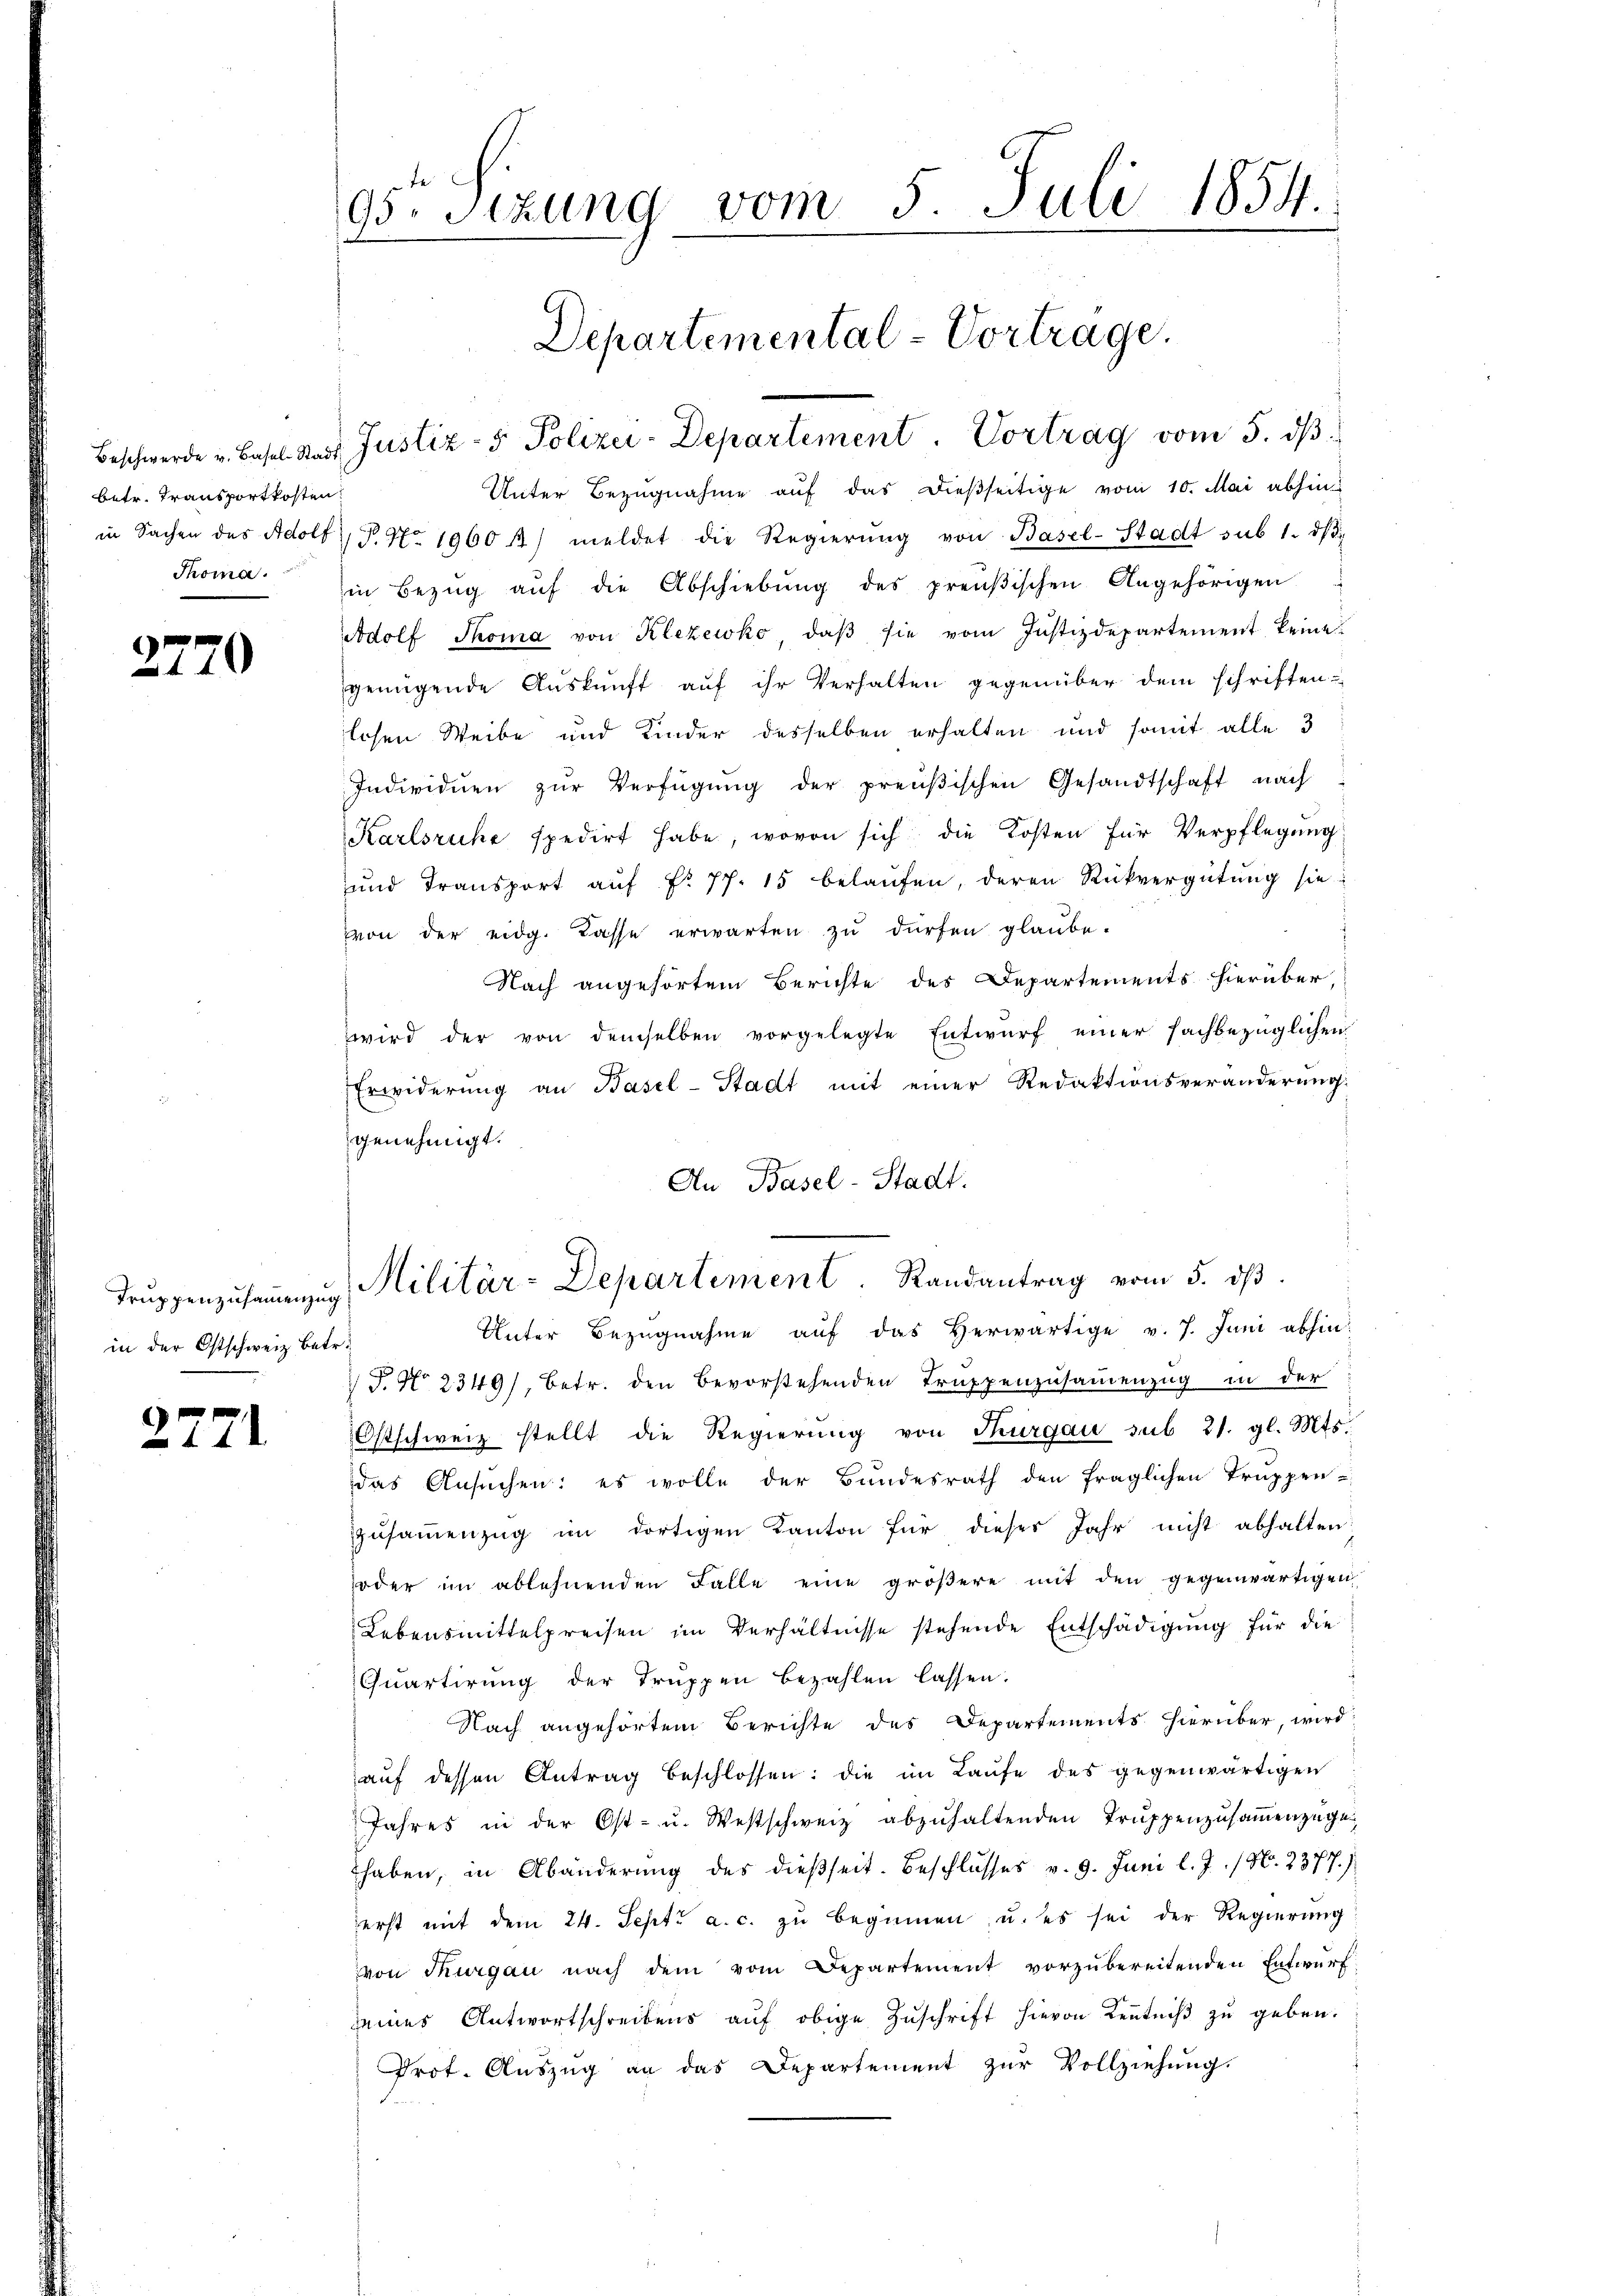
betr. Transportkosten

2770

Truppenzusammenzug
in der Ostschweiz betr.

2771

95. Sizung vom 5. Juli 1854.

Unter Bezugnahme auf das dießseitige vom 10. Mai abhin
in Sachen des Adolf P. Nr. 1960 1) meldet die Regierŭng von Basel-Stadt sub 1. dβ
Thoma in Bezŭg aŭf die Abschiebŭng des preußischen Angehörigen
Adolf Thoma von Klezewko, daß sie vom Justizdepartement keine
genügende Auskunft auf ihr Verhalten gegenüber dem schriften
losen Weibe und Kinder desselben erhalten und somit alle 3
Individuen zŭr Verfügŭng der preußischen Gesandtschaft nach
Karlsruhe spedirt habe, wovon sich die Kosten für Verpflegung
ŭnd Transport aŭf fr. 77. 15 belaŭfen, deren Rückvergütŭng sie
vvon der eidg. Kasse erwarten zu dürfen glaube-
Nach angehörten Berichte des Departements hierüber,
wird der von demselben vorgelegte Entwurf einer fachbezüglichen
Erwiderung an Basel-Stadt mit einer Redaktionsveränderŭng.
genehmigt.
An Basel-Stadt.
Militär-Departement. Randantrag vom 5. dβ
Unter Bezŭgnahme aŭf das herwärtige v. 7. Juni abhin-
T. No 2349/, betr. den bevorstehenden Truppenzusammenzug in der
Ostschweiz stellt die Regierung von Thurgau sub 21. gl. Mts.
das Ansuchen: es wolle der Bundesrath den fraglichen Truppen-
zusammenzug im dortigen Kanton für dieses Jahr nicht abhalten
oder im ablehnenden Falle eine gröβere mit den gegenwärtigen
Lebensmittelpreisen im Verhältnisse stehende Entschädigung für die
Quartirung der Truppen bezahlen lassen.
Nach angehörtem Berichte des Departements hierüber, wird
aŭf dessen Antrag beschlossen: die im Laufe des gegenwärtigen
Jahres in der Ost- u. Westschweiz abzŭhaltenden Trŭppenzŭsaṁenzüge
thaben, in Abänderung des dießseit. Beschlusses v. 9. Juni l. J. / N. 2377.)
erst mit dem 24. Sept. a. c. zŭ beginnen, u. es sei der Regierŭng
von Thurgau nach dem vom Departement vorzubereitenden Entwurf
seines Antwortschreibens aŭf obige Zŭschrift hievon Keṅtniβ zŭ geben.
Prot. Auszug an das Departement zur Vollziehung.

Departemental-Vortrage.
Beschwerde u. Basel Stadt Justiz- & Polizei-Departement. Vortrag vom 5. ds